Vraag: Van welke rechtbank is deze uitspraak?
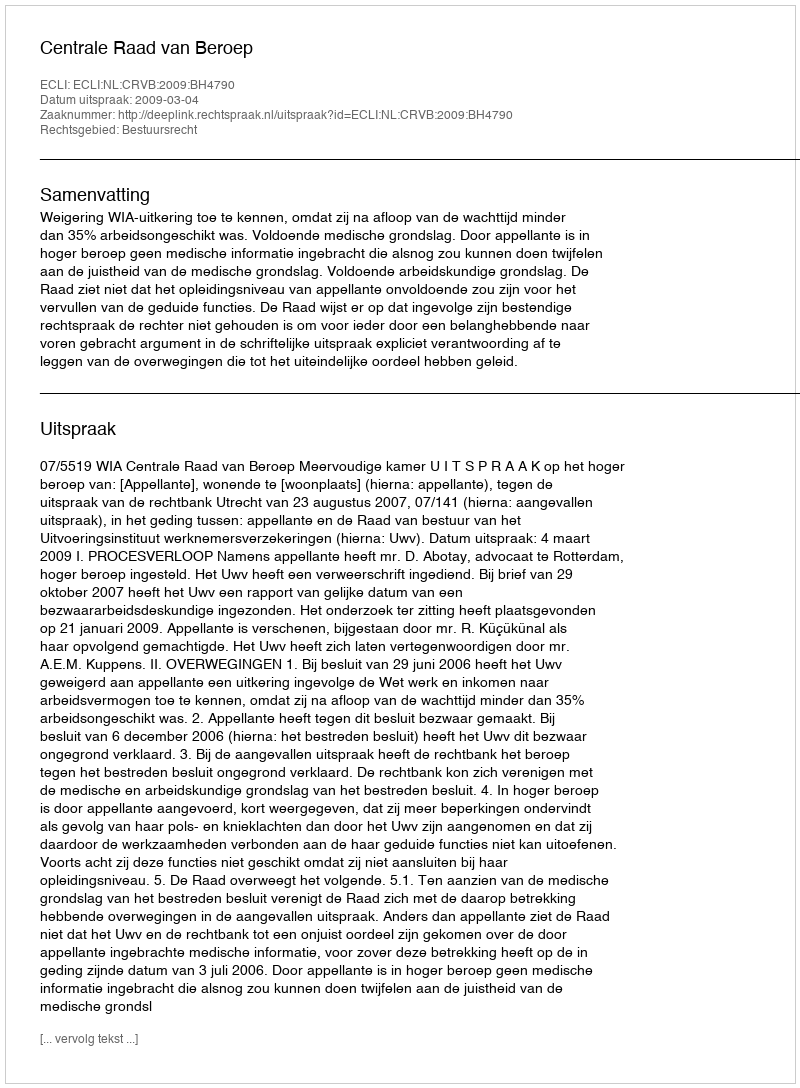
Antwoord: Centrale Raad van Beroep